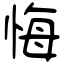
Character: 悔